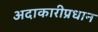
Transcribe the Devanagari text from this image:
अदाकारीप्रधान